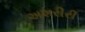
અશરીરી